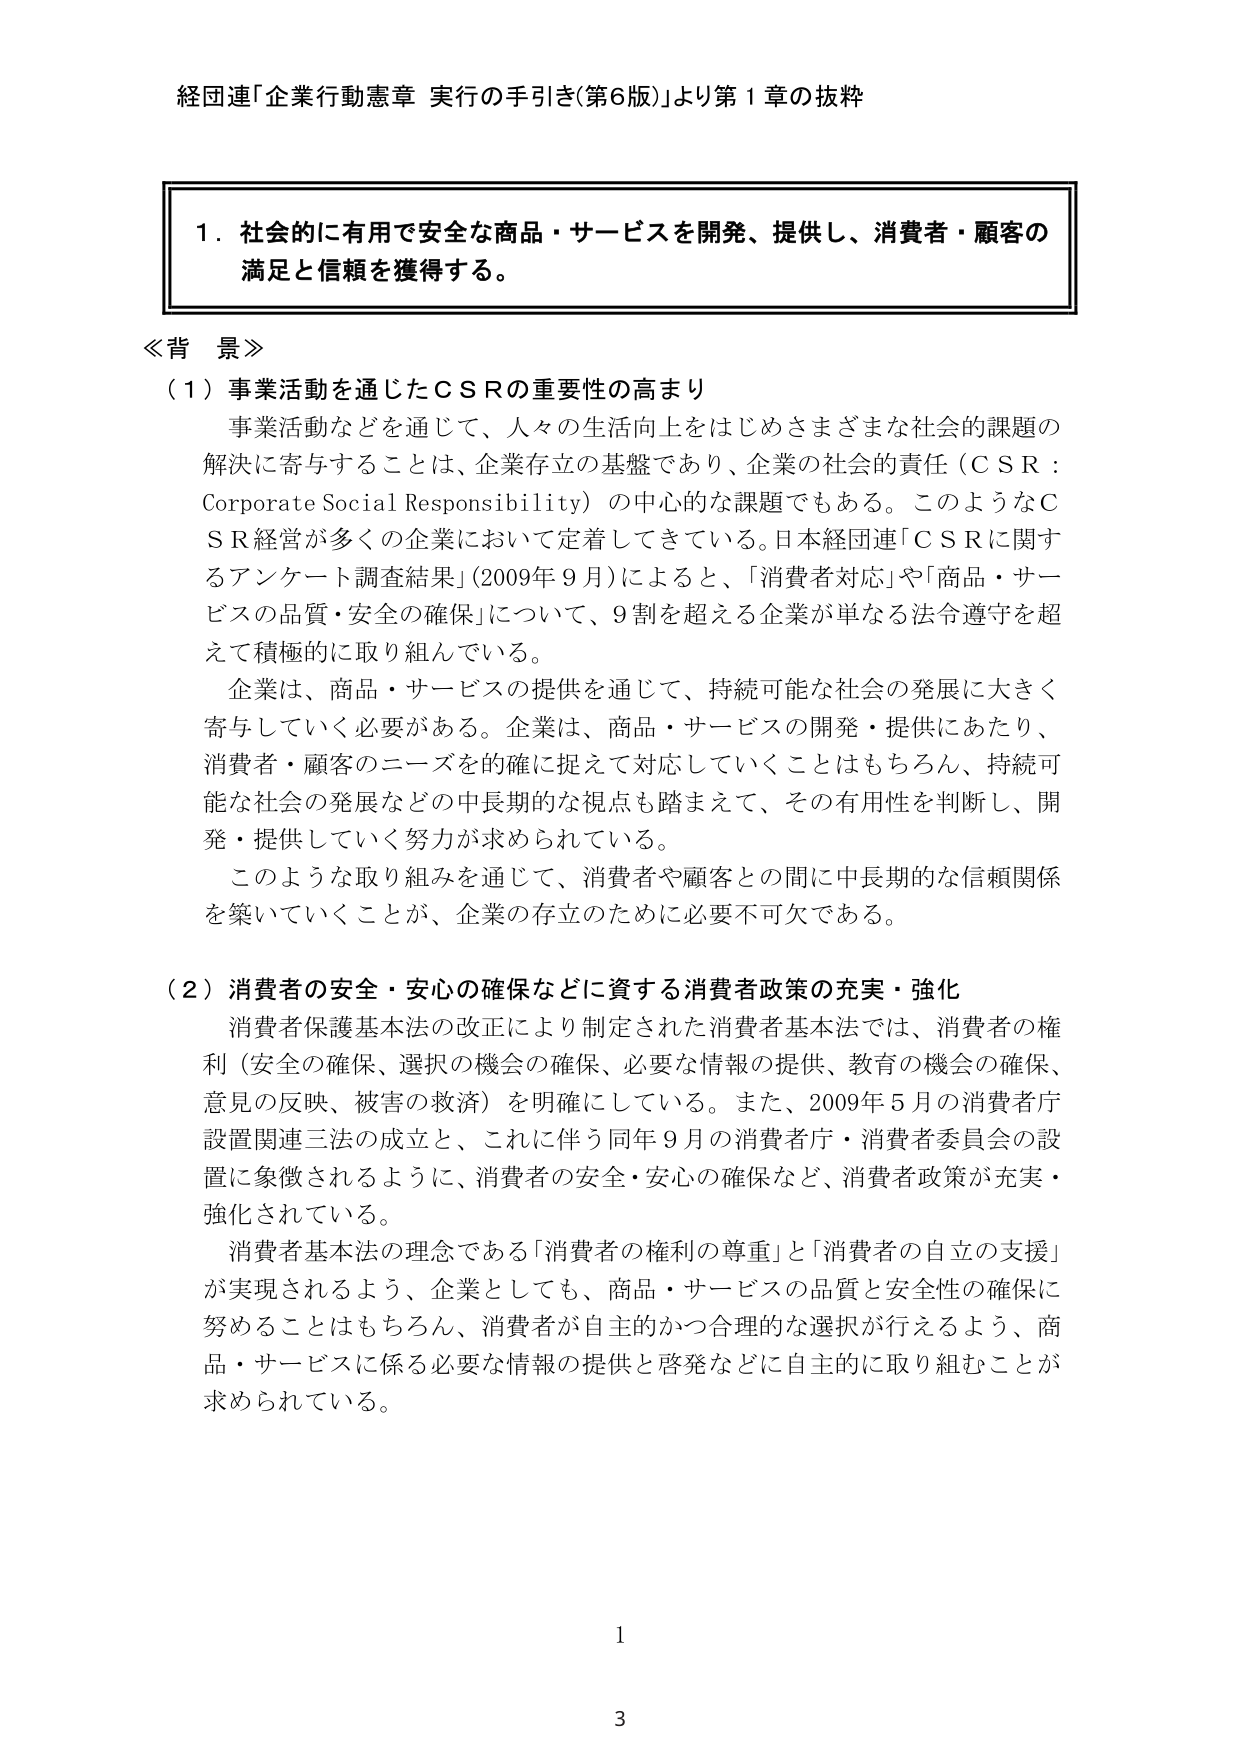
経団連「企業行動憲章 実行の手引き(第6版)」より第1章の抜粋

1．社会的に有用で安全な商品・サービスを開発、提供し、消費者・顧客の満足と信頼を獲得する。

≪背景≫

（1）事業活動を通じたＣＳＲの重要性の高まり

事業活動などを通じて、人々の生活向上をはじめさまざまな社会的課題の解決に寄与することは、企業存立の基盤であり、企業の社会的責任（ＣＳＲ：Corporate Social Responsibility）の中心的な課題でもある。このようなＣＳＲ経営が多くの企業において定着してきている。日本経団連「ＣＳＲに関するアンケート調査結果」（2009年9月）によると、「消費者対応」や「商品・サービスの品質・安全の確保」について、9割を超える企業が単なる法令遵守を超えて積極的に取り組んでいる。

企業は、商品・サービスの提供を通じて、持続可能な社会の発展に大きく寄与していく必要がある。企業は、商品・サービスの開発・提供にあたり、消費者・顧客のニーズを的確に捉えて対応していくことはもちろん、持続可能な社会の発展などの中長期的な視点も踏まえて、その有用性を判断し、開発・提供していく努力が求められている。

このような取り組みを通じて、消費者や顧客との間に中長期的な信頼関係を築いていくことが、企業の存立のために必要不可欠である。

（2）消費者の安全・安心の確保などに資する消費者政策の充実・強化

消費者保護基本法の改正により制定された消費者基本法では、消費者の権利（安全の確保、選択の機会の確保、必要な情報の提供、教育の機会の確保、意見の反映、被害の救済）を明確にしている。また、2009年5月の消費者庁設置関連三法の成立と、これに伴う同年9月の消費者庁・消費者委員会の設置に象徴されるように、消費者の安全・安心の確保など、消費者政策が充実・強化されている。

消費者基本法の理念である「消費者の権利の尊重」と「消費者の自立の支援」が実現されるよう、企業としても、商品・サービスの品質と安全性の確保に努めることはもちろん、消費者が自主的かつ合理的な選択が行えるよう、商品・サービスに係る必要な情報の提供と啓発などに自主的に取り組むことが求められている。

1

3